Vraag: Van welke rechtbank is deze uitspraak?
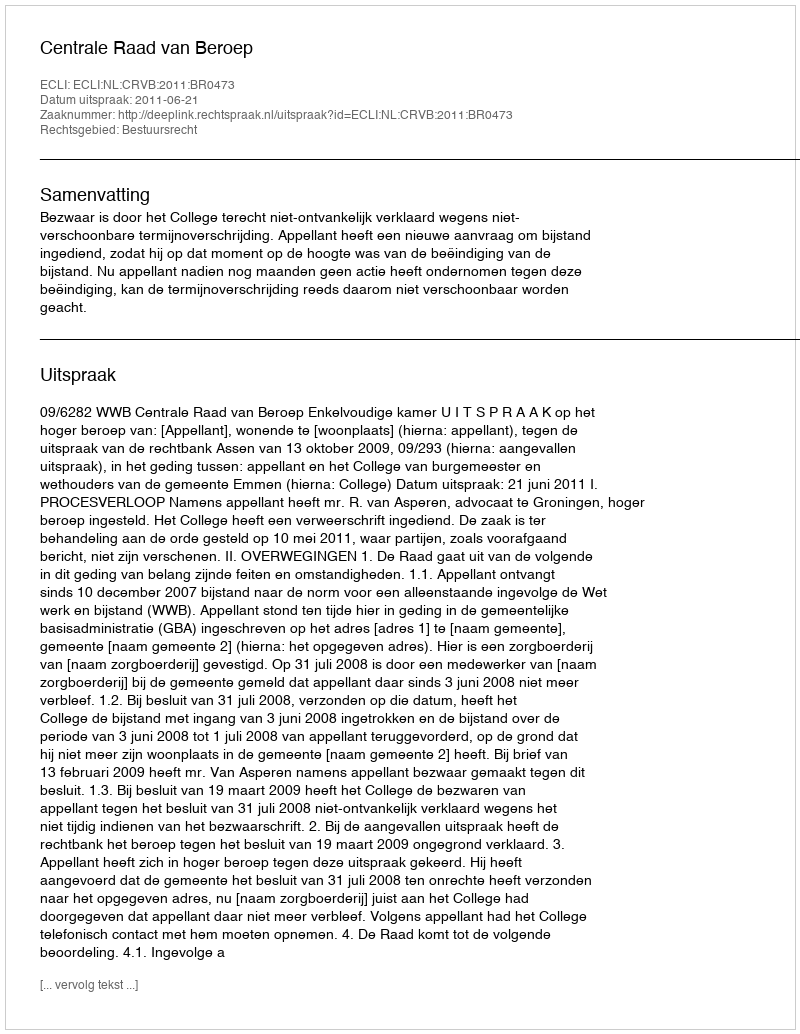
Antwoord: Centrale Raad van Beroep